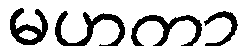
မဟတာ